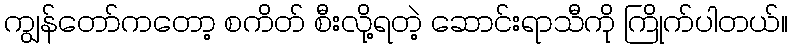
ကျွန်တော်ကတော့ စကိတ် စီးလို့ရတဲ့ ဆောင်းရာသီကို ကြိုက်ပါတယ်။